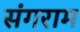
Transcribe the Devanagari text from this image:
संगराम